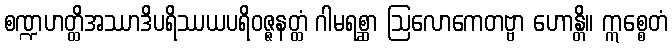
စဏ္ဍဟတ္ထိအဿာဒိပရိဿယပရိဝဇ္ဇနတ္ထံ ဂါမရစ္ဆာ ဩလောကေတဗ္ဗာ ဟောန္တိ။ ဣစ္စေတံ